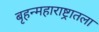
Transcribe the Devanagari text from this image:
बृहन्महाराष्ट्रातला